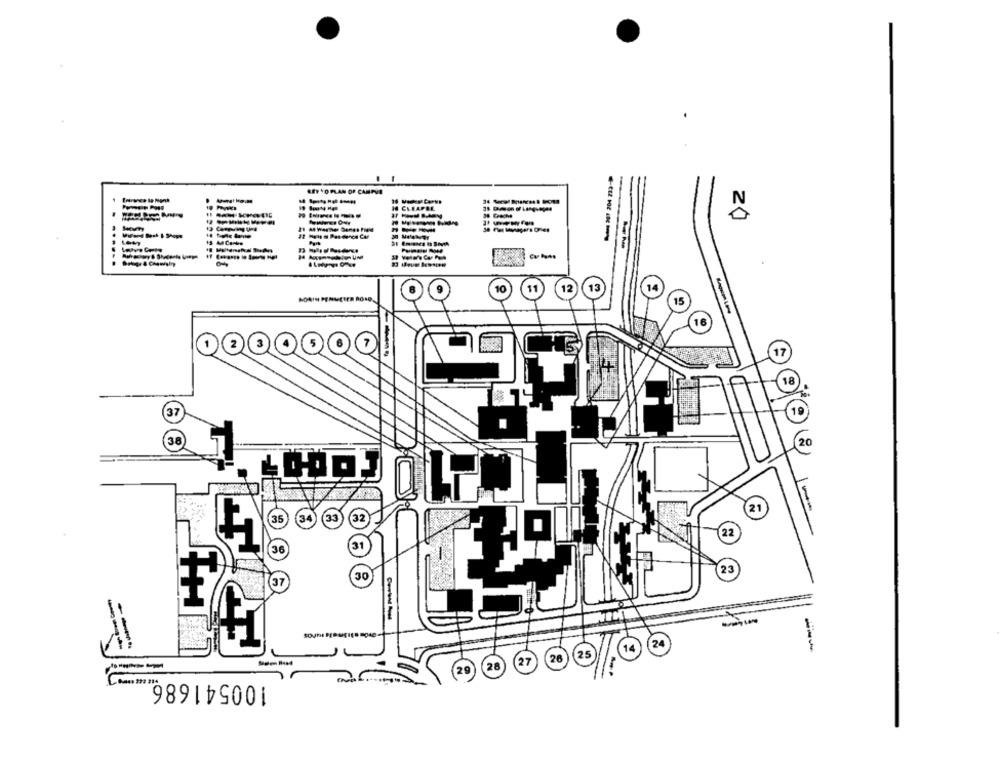
REY YO PLAN OF CAMPUS
CHEAPEL
10
11
12
13
14
15
16
17
18
19
37
38
20
21
-
(33
35
34
32
22
36
31
30
-
24
25
14
---
26
29
28
27
100541686